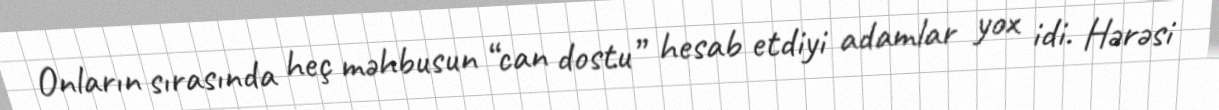
Onların sırasında heç məhbusun “can dostu” hesab etdiyi adamlar yox idi. Hərəsi